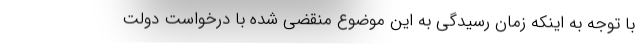
با توجه به اینکه زمان رسیدگی به این موضوع منقضی شده با درخواست دولت